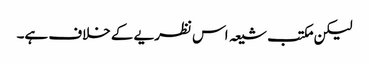
لیکن مکتب شیعہ اس نظریے کے خلاف ہے۔